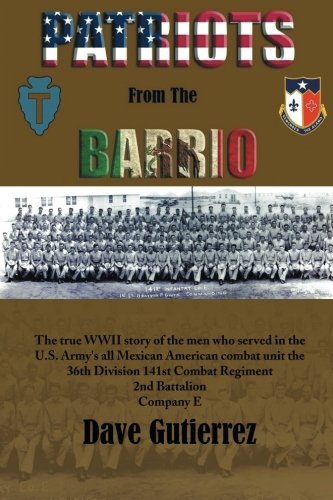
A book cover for Patriots from the Barrio; Dave Gutierrez; Biographies & Memoirs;